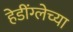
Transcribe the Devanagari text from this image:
हेडींग्लेच्या